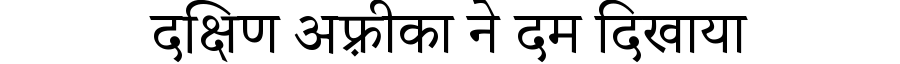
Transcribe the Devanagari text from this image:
दक्षिण अफ़्रीका ने दम दिखाया